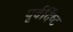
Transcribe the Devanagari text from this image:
पूर्वर्दिष्ट